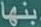
بنها